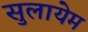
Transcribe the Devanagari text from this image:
सुलायेम